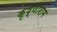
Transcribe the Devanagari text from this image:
कृष्णाराम